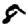
Digit: 8